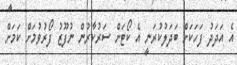
އެ އަދަދު ފަހަކަށް ބަދަލުކުރަނީ އެ ކޯޓަށް ސަރުކާރުން ނުފޫޒު ފޯރުވުމަށް ކަމަށް